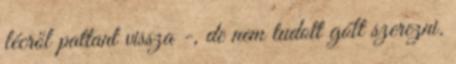
lécről pattant vissza -, de nem tudott gólt szerezni.